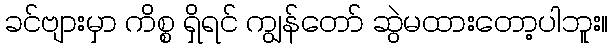
ခင်ဗျားမှာ ကိစ္စ ရှိရင် ကျွန်တော် ဆွဲမထားတော့ပါဘူး။